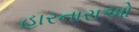
હારનારાઓ